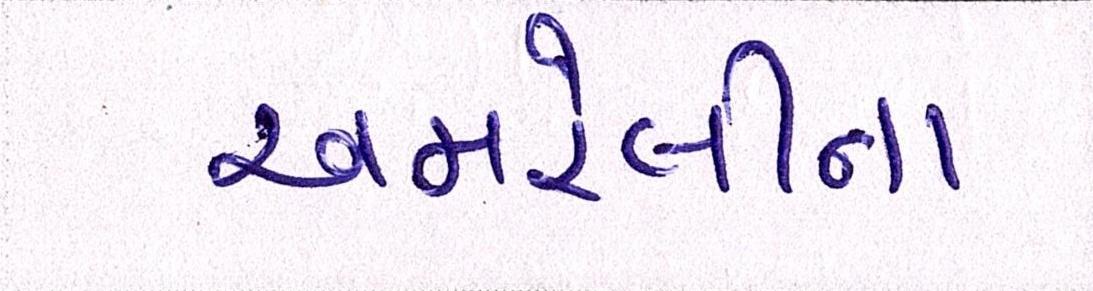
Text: અમરેલીના